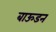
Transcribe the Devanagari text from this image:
बाऊडन